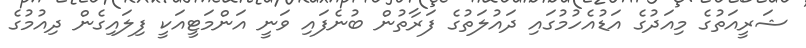
ޝަރީއަތުގެ މިއަދުގެ އަޑުއެހުމުގައި ދައުލަތުގެ ފަރާތުން ބުނެފައި ވަނީ އަންމަޓީއަކީ ފިލައިގެން ދިއުމުގެ